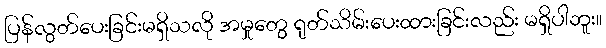
ပြန်လွတ်ပေးခြင်းမရှိသလို အမှုတွေ ရုတ်သိမ်းပေးထားခြင်းလည်း မရှိပါဘူး။